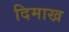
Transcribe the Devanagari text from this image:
दिमाख